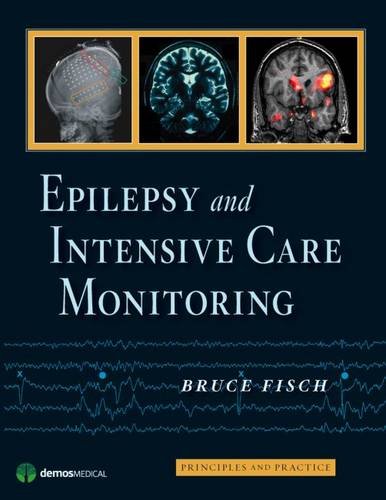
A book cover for Epilepsy and Intensive Care Monitoring: Principles and Practice; Bruce Fisch MD; Health, Fitness & Dieting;